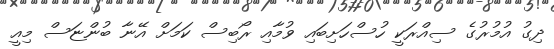
ދިގު އުމުރުގެ ސިއްރަކީ ހުސްހަށިބައި ވުމާއި ރޯބިސް ކަަމަށް އޭނާ ބުންޏަސް މިއީ